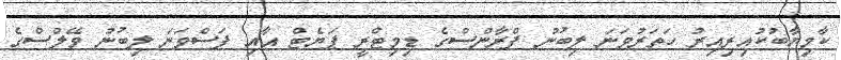
ކާމިޔާބުކުއިރިއިރު ހަތަރުވަނަ ލިބުނު ފްރާންސްގެ ޑިމިޓްރީ ޕަޔެޓް އާއި ފަސްވަނަ ލިބުނު ވޭލްސްގެ